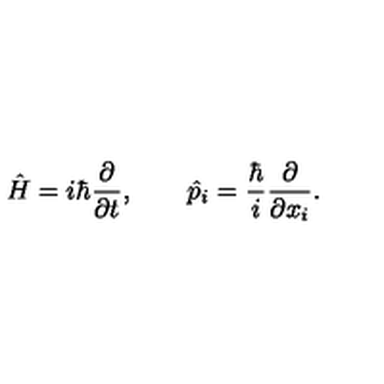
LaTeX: \hat { H } = i \hbar { \frac { \partial } { \partial t } } , \qquad \hat { p } _ { i } = { \frac { \hbar } { i } } { \frac { \partial } { \partial x _ { i } } } .